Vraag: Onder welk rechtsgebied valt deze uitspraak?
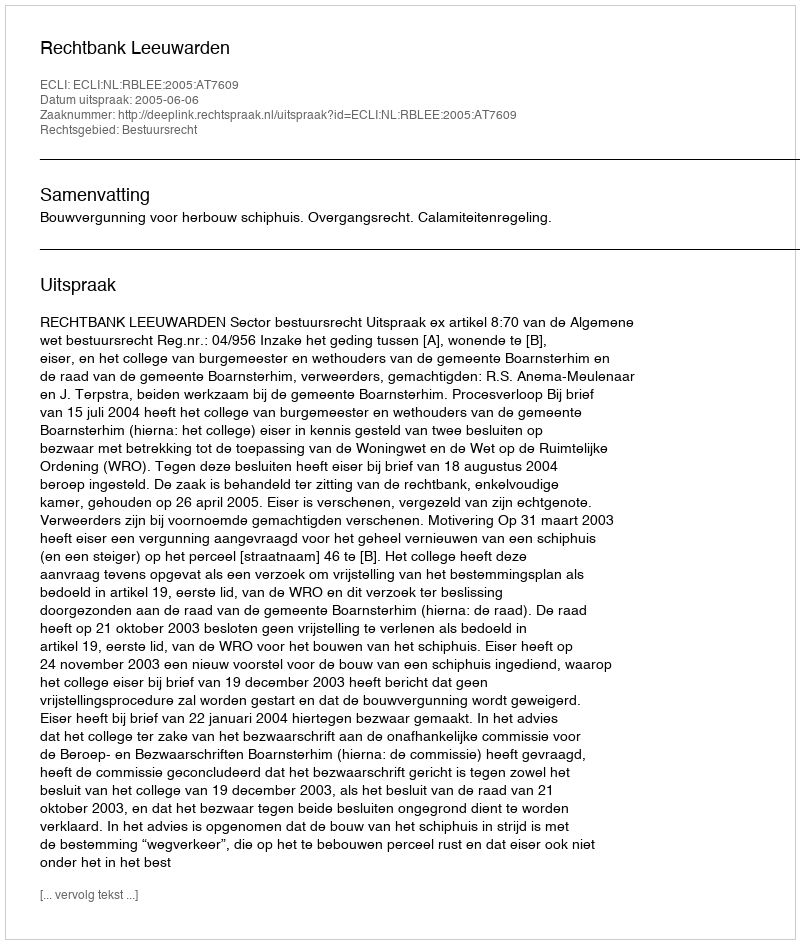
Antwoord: Bestuursrecht